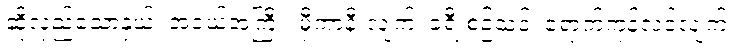
ဆိုလှည့်သောနှယ်၊ အငယ်အကြီး၊ မှီကာနီးလျက်၊ ခရီးစဉ်သင့်၊ ရောက်ကုန်လင့်လျက်၊